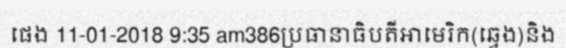
ផេង 11-01-2018 9:35 am386ប្រធានាធិបតីអាមេរិក(ឆ្វេង)និង